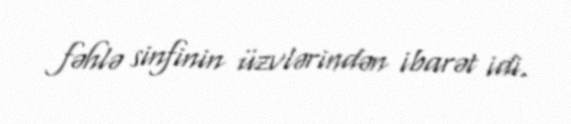
fəhlə sinfinin üzvlərindən ibarət idi.